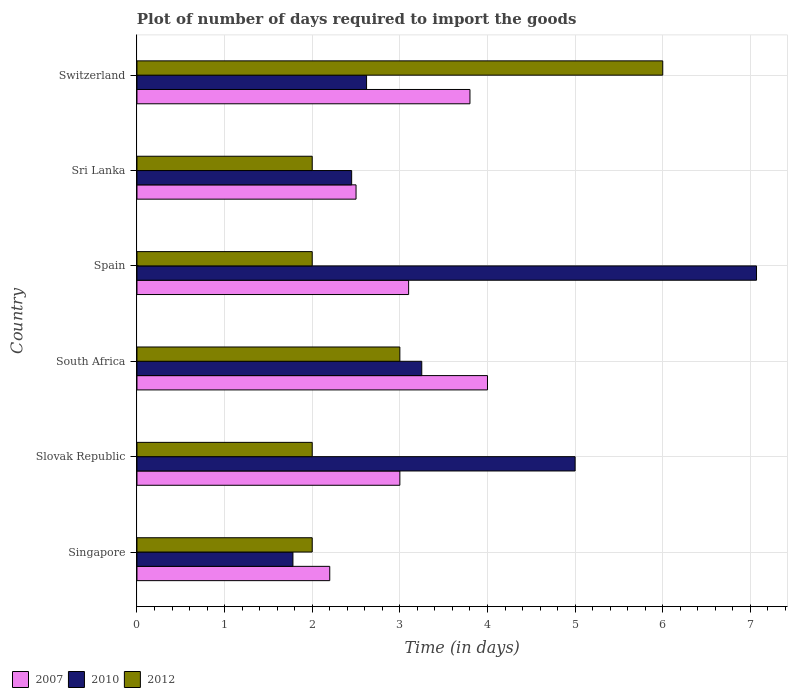
| Country | 2007 | 2010 | 2012 |
 | --- | --- | --- | --- |
 | Singapore | 2.2 | 1.78 | 2 |
 | Slovak Republic | 3 | 5 | 2 |
 | South Africa | 4 | 3.25 | 3 |
 | Spain | 3.1 | 7.07 | 2 |
 | Sri Lanka | 2.5 | 2.45 | 2 |
 | Switzerland | 3.8 | 2.62 | 6 |